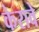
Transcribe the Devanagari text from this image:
केरावे